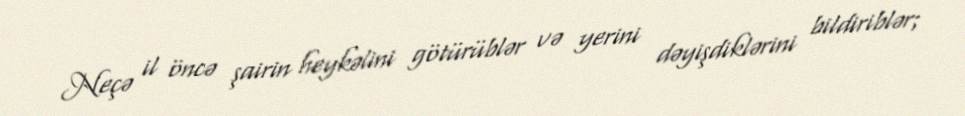
Neçə il öncə şairin heykəlini götürüblər və yerini dəyişdiklərini bildiriblər;